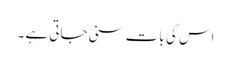
اس کی بات سنی جاتی ہے ۔